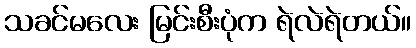
သခင်မလေး မြင်းစီးပုံက ရဲလဲရဲတယ်။